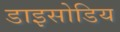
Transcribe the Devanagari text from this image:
डाइसोडिय